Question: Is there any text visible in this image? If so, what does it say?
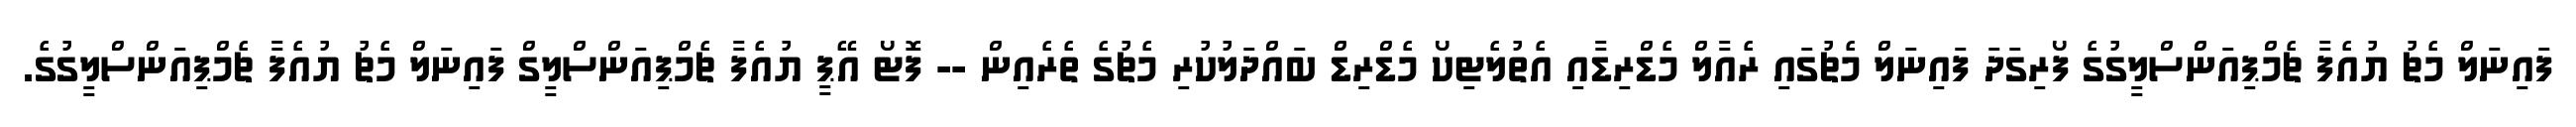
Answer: ފައިނަލް މެޗު ޔުއެފާ ޗެމްޕިއަންސްލީގުގެ ފޯރިގަދަ ފައިނަލް މެޗުގައި ރެއާލް މެޑްރިޑާއި އެތުލެޓިކޯ މެޑްރިޑް ބައްދަލުކުރި މެޗުގެ ތެރެއިން -- ފޮޓޯ އޭޕީ ޔުއެފާ ޗެމްޕިއަންސްލީގް ފައިނަލް މެޗު ޔުއެފާ ޗެމްޕިއަންސްލީގުގެ.